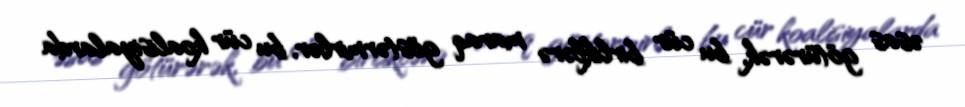
əsas götürərək, bu cür birliklərə maraq göstərmirlər, bu cür koalisiyalarda